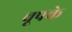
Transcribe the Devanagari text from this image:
चूपके